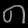
Digit: ၈